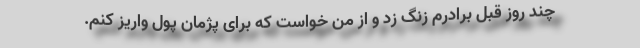
چند روز قبل برادرم زنگ زد و از من خواست که برای پژمان پول واریز کنم.